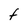
Character: f